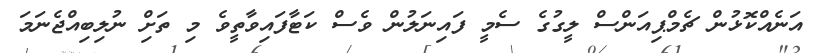
އަނެއްކޮޅުން ޗެމްޕިއަންސް ލީގުގެ ސެމީ ފައިނަލުން ވެސް ކަޓާފައިވާތީވެ މި ތަށިް ނުލިބިއްޖެނަމަ